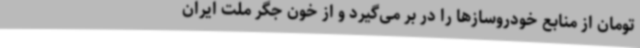
تومان از منابع خودروسازها را در بر می‌گیرد و از خون جگر ملت ایران